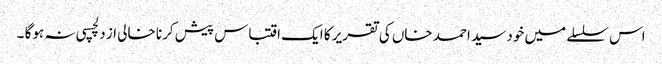
اس سلسلے میں خود سید احمد خاں کی تقریر کا ایک اقتباس پیش کرنا خالی از دلچسپی نہ ہوگا ۔